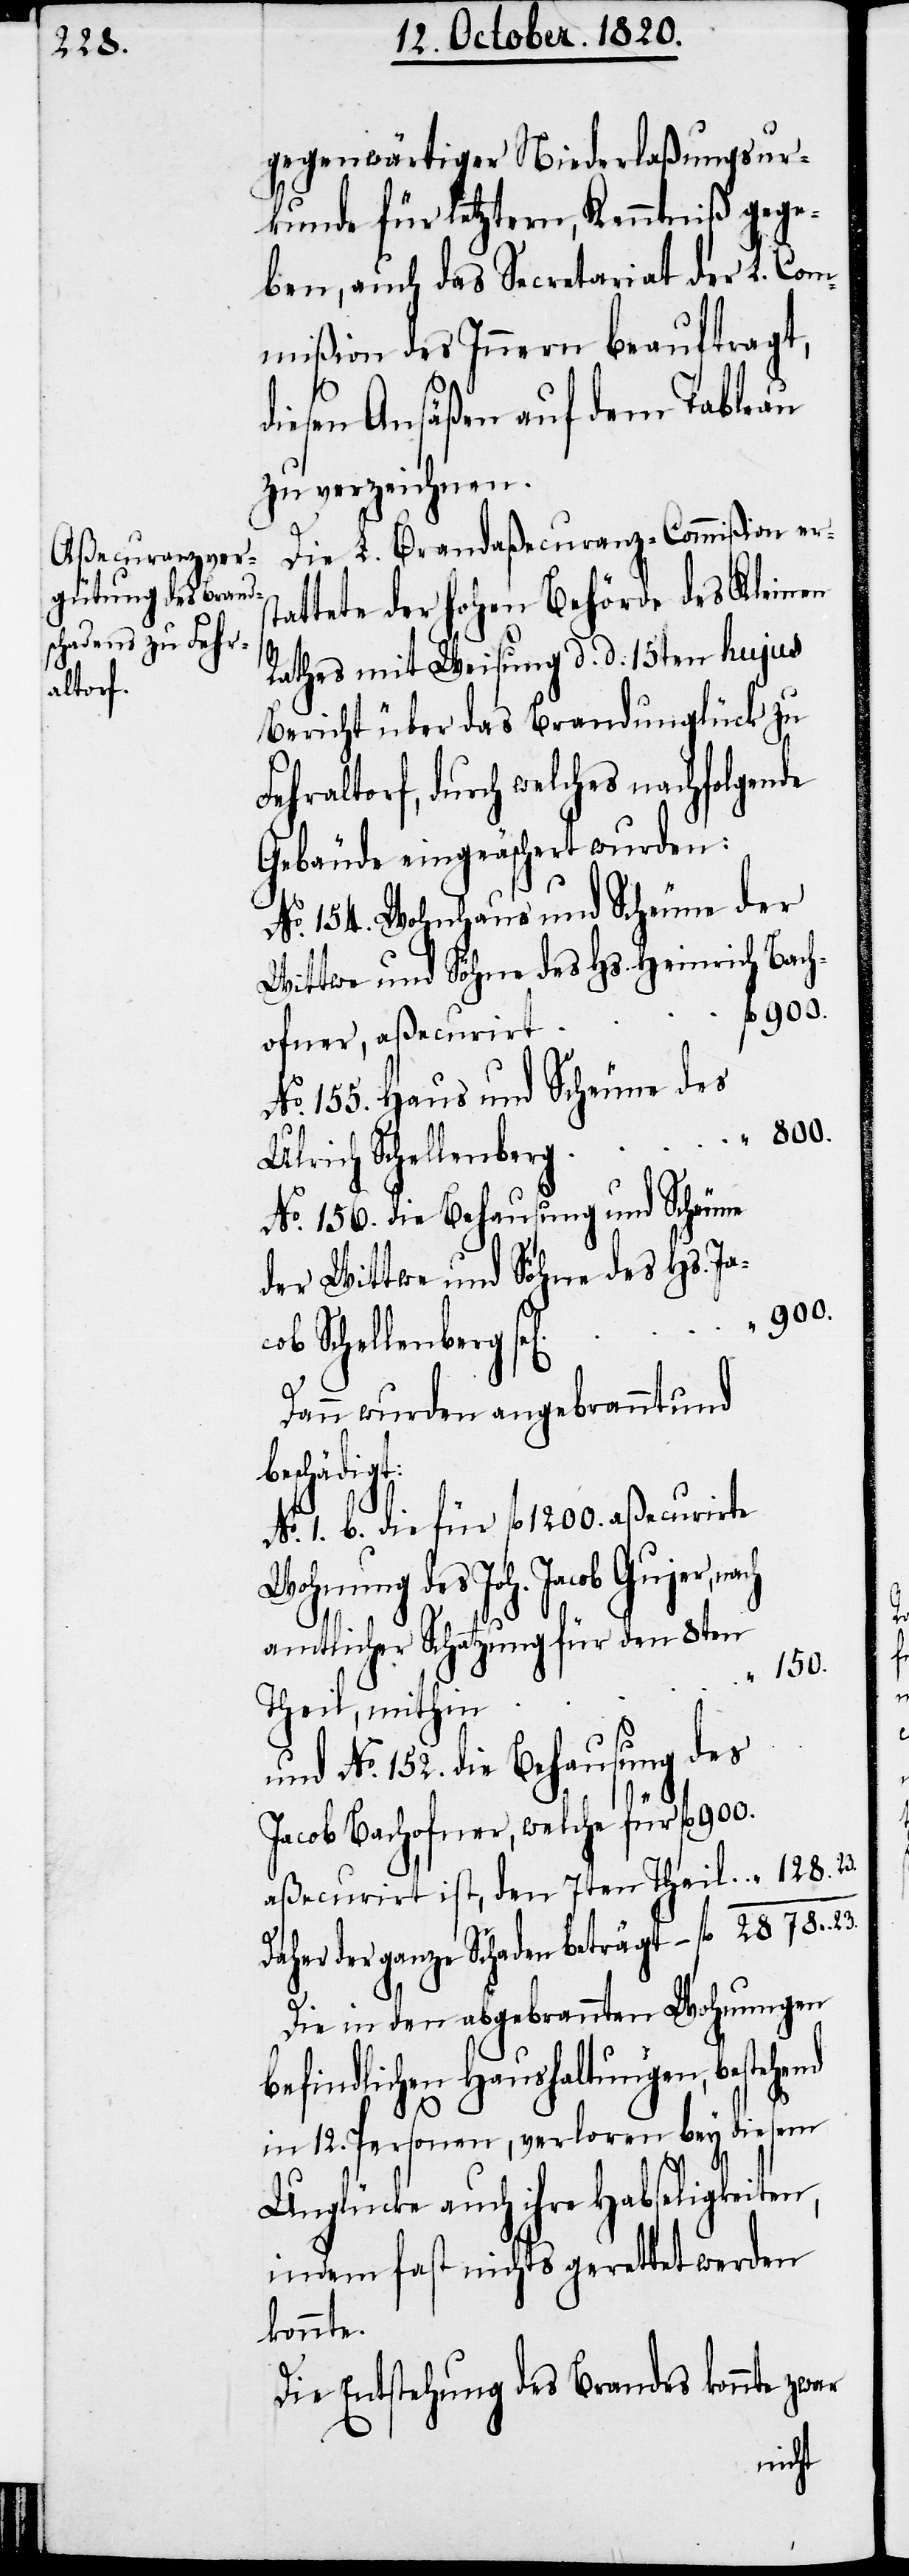
gegenwärtiger Niederlaßungsur¬
kunde für letztern, Kenntniß gege¬
ben, auch das Secretariat der L. Com¬
mißion des Innern beauftragt,
diesen Ansäßen auf dem Tableau
zu verzeichnen.
Die L. Brandaßecuranz-Commißion ers¬
tattete der hohen Behörde des Kleinen
Rathes mit Weisung d. d. 15ten hujus
Bericht über das Brandunglück zu
Fehraltorf, durch welches nachfolgende
Gebäude eingeäschert wurden:
No. 154. Wohnhaus und Scheune der
900.
No. 155. Haus und Scheune des
Jacob Schellenberg
No. 156. die Behausung und Scheune
der Wittwe und Söhne des
Dann wurden angebrannt und
beschädigt:
No. 1. b. die für fl 1220. aßecurirte
Wohnung des Joh. Jacob
amtlicher Schatzung für den 8ten
nd
und No. 152. die Behausung des
Jacob Bachofner, welche für
aßecurirt ist, den 7ten Theil	“	128.23
Daher der ganze Schaden beträgt 	fl	2878.23
Die in den abgebrannten Wohnungen
befindlichen Haushaltungen, bestehe¬
in 12. Personen, verloren bey diesem
Unglücke auch ihre Habseligkeiten,
indem fast nichts gerettet werden
konnte.
Die Entstehung des Brandes konnte zwar